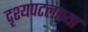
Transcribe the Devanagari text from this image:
दृश्यपटलाच्या